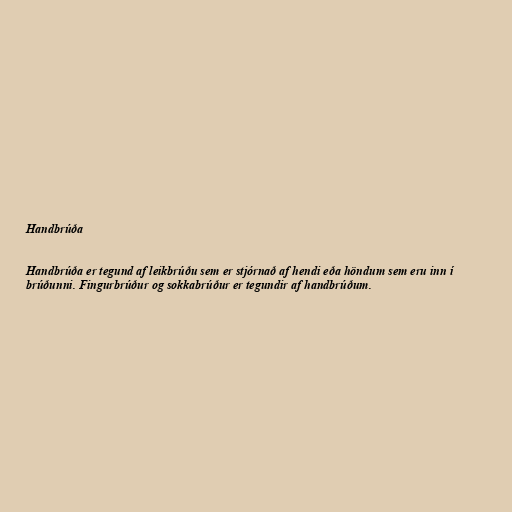
Handbrúða

Handbrúða er tegund af leikbrúðu sem er stjórnað af hendi eða höndum sem eru inn í
brúðunni. Fingurbrúður og sokkabrúður er tegundir af handbrúðum.